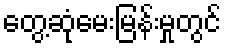
တွေ့ဆုံမေးမြန်းမှုတွင်